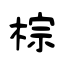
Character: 棕